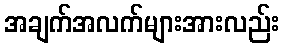
အချက်အလက်များအားလည်း